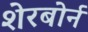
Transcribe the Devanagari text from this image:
शेरबोर्न